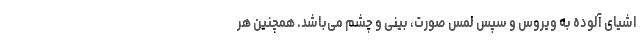
اشیای آلوده به ویروس و سپس لمس صورت، بینی و چشم می‌باشد. همچنین هر